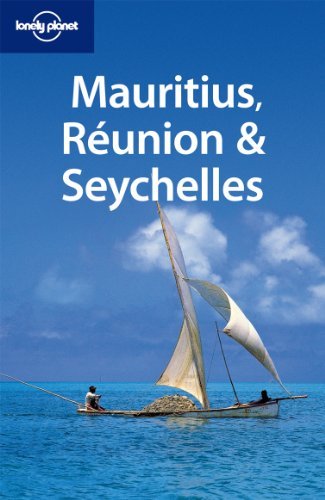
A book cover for Lonely Planet Mauritius Reunion & Seychelles (Multi Country Travel Guide) [Paperback] [2010] (Author) Jean-Bernard Carillet, Brandon Presser; Travel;